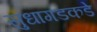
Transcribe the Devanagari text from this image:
सुधागडकडे